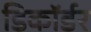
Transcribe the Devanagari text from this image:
डिकॉर्डर